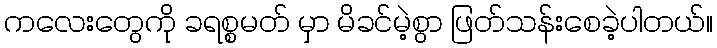
ကလေးတွေကို ခရစ္စမတ် မှာ မိခင်မဲ့စွာ ဖြတ်သန်းစေခဲ့ပါတယ်။